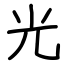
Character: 光